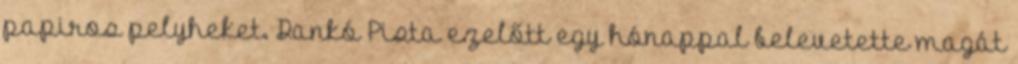
papiros pelyheket. Dankó Pista ezelőtt egy hónappal belevetette magát